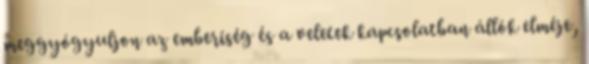
meggyógyuljon az emberiség és a veletek kapcsolatban állók elméje,